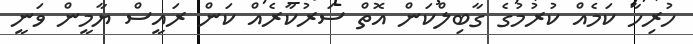
ހުރިހާ ކަމެއް ކުރުމުގެ ގާބިލްކަން އޮތް ސަރުކާރެއް ކަން ރައީސް ޔާމީން ވަނީ